Vaccination in Burma 1900-1911 - 1900-1911
Year: 1900
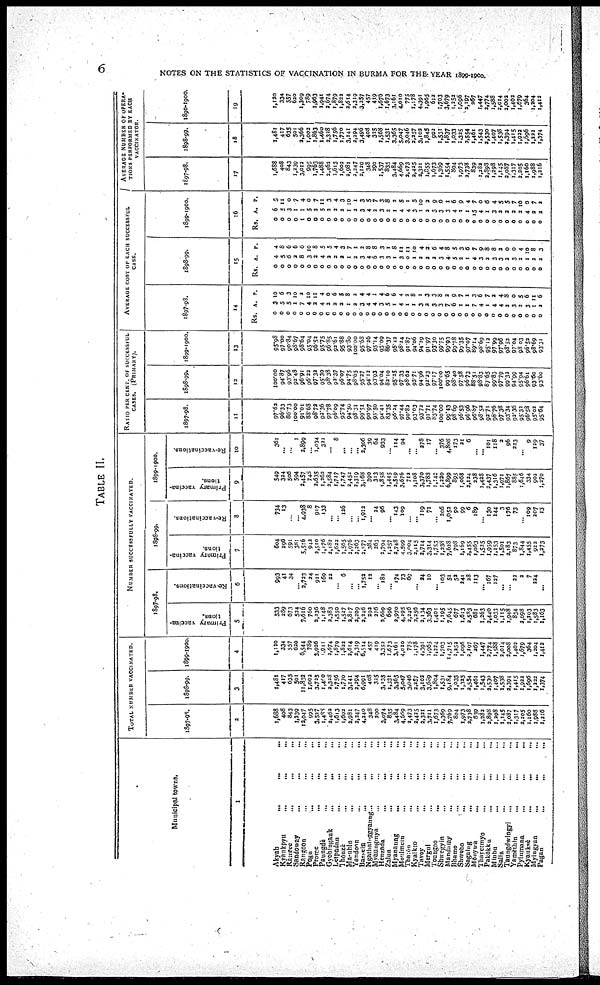
6
NOTES ON THE STATISTICS OF VACCINATION IN BURMA FOR THE YEAR 1899-1900.
TABLE II.
Municipal towns.
1
Akyab...
...
...
...
Kyaukpyu... ... ... ... ...
Ramree...
...
...
...
Sandoway...
...
...
...
Rangoon... ... ... ...
Pegu... ... ... ...
Prome...
...
...
...
Paungdè... ... ... ...
Gyoblngauk... ... ... ...
Letpadan... ... ... ...
Thonzè... ... ... ...
Manbin... ... ... ...
Yandoon...
...
...
...
Bassein...
...
...
...
Ngathnlaggyaung... ... ... ...
Myaungmya...
...
...
...
Henzada... ... ... ...
Zalun... ... ... ...
Myanaung... ... ... ...
Moulmein
...
...
...
...
Tharon... ... ... ...
Kyalkto... ... ... ...
Tavoy... ... ... ...
Mergul...
...
...
...
Toungoo...
...
...
...
Shwegyin...
...
...
...
Mandaiay...
...
...
...
Bhamo...
...
...
...
Shwebo...
...
...
...
Sagaing...
...
...
...
Mônywa...
...
...
...
Thayetmyo... ... ... ...
Pakôkku... ... ... ...
Minbu... ... ... ...
Salin... ... ... ...
Taungdwlngyi... ... ...
Yamèthin... ... ... ...
Pyimnana... ... ... ...
Kyauksè...
...
...
...
Myingyan... ... ... ...
Pagan... ... ... ...
TOTAL NUMBER VACCINATED.
1897-98.
2
1,688
408
843
1,239
12,047
995
3,527
1,488
2,462
1,613
1,602
2,981
2,247
4,240
348
290
3,074
835
3,484
4,669
2,473
2,425
2,321
3,711
1,673
1,369
7,769
804
1,973
2,738
839
1,282
2,898
1,298
1,145
2,087
1,317
2,205
1,160
1,988
1,216
1898-99.
3
1,481
417
635
501
11,832
1,002
3,725
1,400
2,328
1,756
1,770
3,141
2,294
6,991
408
325
3,135
1,531
3,365
5,047
3,046
2,257
3,102
3,689
1,804
1,531
9,184
1,033
1,325
2,554
1,461
1,543
2,530
1,407
1,538
2,394
1,415
1,922
1,696
1,222
1,374
1899-1900.
4
1,120
334
557
620
6,544
789
3,926
1,941
2,674
1,879
1,822
2,614
2,319
6,514
457
419
3,352
1,673
3,161
4,010
775
1,178
4,391
1,965
1,224
1,703
14,715
1,252
1,096
2,197
267
1,447
2,774
1,588
2,014
2,008
1,402
1,679
364
1,204
1,412
NUMBER SUCCESSFULLY VACCINATED.
1897-98.
Primary vaccina-
tions.
5
533
289
573
524
7,616
760
2,236
1,148
2,383
1,550
1,527
2,817
2,209
2,246
292
276
2,669
696
2,970
4,295
2,246
2,256
2,134
3,363
1,401
1,195
7,645
677
1,613
2,583
681
1,263
2,440
1,033
1,115
1,948
834
2,098
1,103
1,883
1,163
Re-vaccinations.
6
993
41
34
...
2,723
24
911
169
22
... 6
...
... 1,752
12
.. 182
...
174
73
69
...
34
10
... 103
51
52
241
28
113
...
167
127
...
... 22
2
7
224
...
1898-99.
Primary vaccina-
tions.
7
604
296
591
381
5,516
942
2,510
1,176
2,182
1,622
1,565
2,976
2,263
3,577
384
263
2,794
1,257
2,748
4,599
3,004
2,115
2,714
3,314
1,753
1,238
7,628
798
1,169
2,455
1,063
1,525
1,959
1,153
l,501
2,183
873
1,844
1,455
922
1,273
Re-vaccinations.
8
734
13
... ... 4,938
8
917
133
...
... 126
...
...
1,912
... 24
96
...
143
109
... ...
119
71
...
206
1,052
90
99
6
189
...
130
144
3
176
73
...
109
207
13
1899-1900.
Primary vaccina-
tions.
9
549
324
506
594
2,457
748
2,635
1,263
2,584
1,717
1,747
2,452
2,319
3,168
390
313
1,858
1,445
2,519
3,676
712
1,108
3,370
1,788
1,148
1,220
6,899
895
1,068
2,124
238
1,428
2,437
1,316
1,971
1,867
885
1,646
334
902
1,270
Re-vaccinations.
10
361
...
...
1
2,899
...
1,034
321
...
8
...
...
... 2,306
39
64
933
...
114
94
... ... 278
17
... 376
4,808
173
21
6
... ... 101
118
2
96
223
...
9
129
37
RATIO PER CENT, OF SUCCESSFUL
CASES. (PRIMARY).
1897-98.
11
97.62
96.33
86.73
100.00
91.01
88.68
98.72
92.36
97.78
96.09
95.74
94.50
98.31
99.51
90.97
95.50
94.41
83.35
96.24
97.44
90.82
93.03
93.72
91.71
83.74
100.00
99.43 98.69
96.53
96.96
96.87
98.52
92.71
98.76
97.38
93.34
92.36
95.32
96.58
95.03
95.64
1898-99.
12
100.00
94.87
93.96
92.48
96.91
96.22
97.32
95.30
98.38
92.37
96.07
94.75
98.65
95.37
94.12
93.93
94.04
83.10
95.25
97.33
98.62
93.71
94.96
93.23
97.17
100.00
99.65
98.40
97.58
96.73
88.51
98.83
87.65
99.83
97.79
99.32
94.99
95.94
96.61
93.60
93.60
1899-1900.
13
95.98
97.00
90.84
98.67
98.64
95.04
96.52
95.75
96.85
92.61
95.88
93.80
100.00
95.68
97.26
95.14
93.09
86.37
95.42
98.24
91.87
94.06
94.29
91.97
93.30
99.75
99.93
99.78
99.35
97.07
89.14
98.69
95.12
97.99
97.96
98.52
97.04
98.03
96.52
98.69
93.31
AVERAGE COST OF EACH SUCCESSFUL
CASE.
1897-98.
14
Rs.
0
0
0
0
0
0
0
0
0
0
0
0
0
0
0
0
0
0
0
0
0
0
0
0
0
0
0
0
0
0
0
0
0
0
0
0
0
0
0
0
0
A.
3
5
5
1
7
4
2
4
2
2
2
1
2
3
4
4
3
5
1
4
1
1
3
2
3
3
7
6
1
1
7
4
1
4
4
2
3
2
3
1
2
P.
10
6
3
10
2
10
11
4
0
6
5
8
2
4
4
1
4
6
6
4
2
8
1
3
3
8
2
9
7
1
3
6
7
2
4
3
0
5
6
11
6
1898-99.
15
Rs.
0
0
0
0
0
0
0
0
0
0
0
0
0
0
0
0
0
0
0
0
0
0
0
0
0
0
0
0
0
0
0
0
0
0
0
0
0
0
0
0
0
A.
4
5
6
2
8
3
2
4
2
2
2
1
3
3
4
6
3
3
1
3
0
1
2
2
2
3
4
5
2
1
4
3
2
3
3
2
3
2
1
2
2
P.
4
8
6
6
6
10
8
5
5
4
3
7
1
2
8
8
3
1
8
11
11
10
4
2
6
4
8
5
3
6
7
9
8
8
2
0
0
4
10
8
3
1899-1900.
16
Rs.
0
0
0
0
1
0
0
0
0
0
0
0
0
0
0
0
0
0
0
0
0
0
0
0
0
0
0
0
0
0
0
0
0
0
0
0
0
0
0
0
0
A.
6
5
3
1
1
5
2
5
2
2
2
1
2
3
4
3
3
2
1
4
4
3
1
2
3
3
3
4
2
1
15
4
1
3
2
2
2
3
4
2
2
P.
5
11
0
7
4
0
7
11
3
4
3
10
1
3
5
7
3
8
3
5
1
5
10
2
9
0
1
6
9
4
7
0
6
4
5
5
7
10
0
7
2
AVERAGE NUMBER OF OPERA-
TIONS PERFORMED BY EACH
VACCINATOR.
1897-98.
17
1,688
408
843
1,239
3,012
995
1,763
1,488
2,462
1,613
1,602
2,981
2,347
2,120
348
290
1,537
835
3,484
4,669
2,473
2,425
2,321
1,855
1,673
1,369
1,554
804
1,973
2,738
839
1,282
2,898
1,298
1,145
2,087
1,317
2,205
1,160
1,988
1,216
1898-99.
18
1,481
417
635
501
2,366
1,002
1,863
1,460
2,328
1,756
1,770
3,141
2,294
3,496
408
325
1,568
1,531
3,365
5,047
3,046
2,257
3,102
1,845
902
1,531
1,837
1,033
1,325
2,554
1,461
1,543
2,530
1,407
1,538
2,394
1,415
1,922
1,696
1,222
1,374
1899-1900.
19
1,120
334
557
620
1,309
789
1,963
1,941
2,674
1,879
1,822
2,614
2,319
3,257
457
419
1,676
1,673
3,161
4,010
775
1,178
4,391
1,965
612
1,703
3,679
1,252
1,096
2,197
267
1,447
2,774
1,588
2,014
2,002
1,402
1,679
364
1,204
1,412